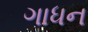
ગાધન